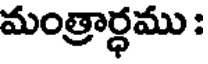
మంత్రార్ధము :